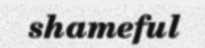
shameful